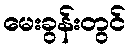
မေးခွန်းတွင်